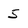
Character: 5